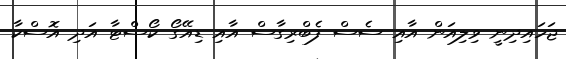
ޖަހައިދިނީ ވިލިއަން އާއި ސެސް ފެބްރިގާސް އާއި ޑިއޭގޯ ކޯސްޓާ އަދި އޮސްކާ